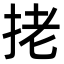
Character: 㧯